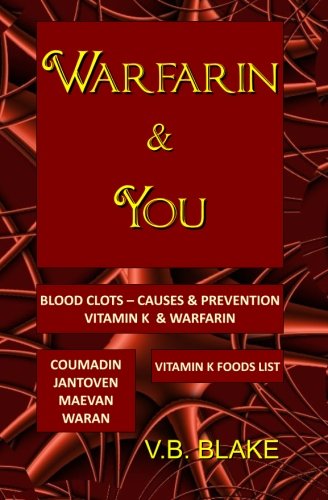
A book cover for Warfarin & You; V. B. Blake; Medical Books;